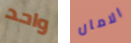
واحد الامان